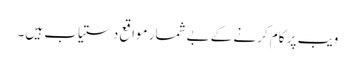
ویب پر کام کرنے کے بےشمار مواقع دستیاب ہیں۔